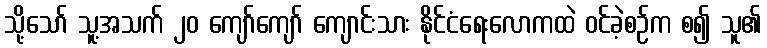
သို့သော် သူ့အသက် ၂၀ ကျော်ကျော် ကျောင်းသား နိုင်ငံရေးလောကထဲ ဝင်ခဲ့စဉ်က စ၍ သူ၏